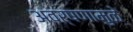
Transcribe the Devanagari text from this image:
अवर्षणामुळे